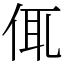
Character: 㑙